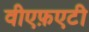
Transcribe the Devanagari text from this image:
वीएफ़एटी